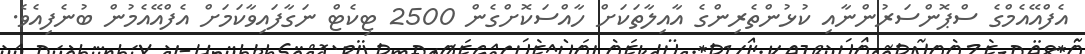
އެފްއޭއެމްގެ ސްޕޮންސަރުންނާއި ކުޅުންތެރިންގެ އާއިލާތަކަށް ހާއްސަކޮށްގެން 2500 ޓިކެޓް ނަގާފައިވާކަމަށް އެފްއޭއެމުން ބުނެފިއެވެ.